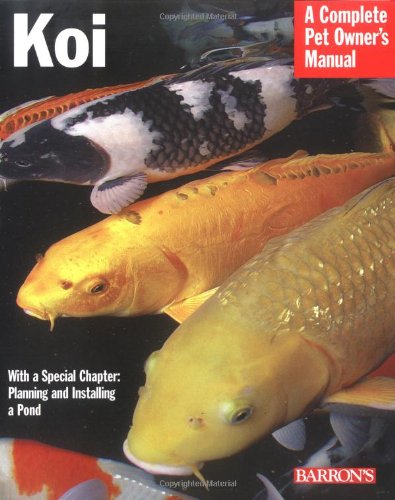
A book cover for Koi (Complete Pet Owner's Manual); George Blasiola; Crafts, Hobbies & Home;